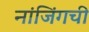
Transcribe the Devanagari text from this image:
नांजिंगची